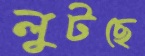
লুটছে